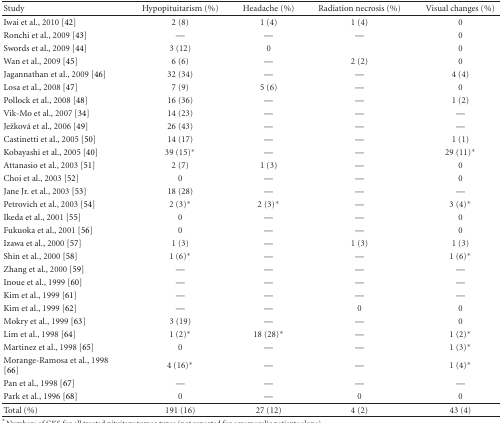
<table><thead><tr><td><b>Study</b></td><td><b>Hypopituitarism (%)</b></td><td><b>Headache (%)</b></td><td><b>Radiation necrosis (%)</b></td><td><b>Visual changes (%)</b></td></tr></thead><tbody><tr><td>Iwai et al., 2010 [42]</td><td>2 (8)</td><td>1 (4)</td><td>1 (4)</td><td>0</td></tr><tr><td>Ronchi et al., 2009 [43]</td><td>—</td><td>—</td><td>—</td><td>0</td></tr><tr><td>Swords et al., 2009 [44]</td><td>3 (12)</td><td>0</td><td></td><td>0</td></tr><tr><td>Wan et al., 2009 [45]</td><td>6 (6)</td><td>—</td><td>2 (2)</td><td>0</td></tr><tr><td>Jagannathan et al., 2009 [46]</td><td>32 (34)</td><td>—</td><td>—</td><td>4 (4)</td></tr><tr><td>Losa et al., 2008 [47]</td><td>7 (9)</td><td>5 (6)</td><td>—</td><td>0</td></tr><tr><td>Pollock et al., 2008 [48]</td><td>16 (36)</td><td>—</td><td>—</td><td>1 (2)</td></tr><tr><td>Vik-Mo et al., 2007 [34]</td><td>14 (23)</td><td>—</td><td>—</td><td>—</td></tr><tr><td>Ježková et al., 2006 [49]</td><td>26 (43)</td><td>—</td><td>—</td><td>—</td></tr><tr><td>Castinetti et al., 2005 [50]</td><td>14 (17)</td><td>—</td><td>—</td><td>1 (1)</td></tr><tr><td>Kobayashi et al., 2005 [40]</td><td>39 (15)*</td><td>—</td><td>—</td><td>29 (11)*</td></tr><tr><td>Attanasio et al., 2003 [51]</td><td>2 (7)</td><td>1 (3)</td><td>—</td><td>0</td></tr><tr><td>Choi et al., 2003 [52]</td><td>0</td><td>—</td><td>—</td><td>0</td></tr><tr><td>Jane Jr. et al., 2003 [53]</td><td>18 (28)</td><td>—</td><td>—</td><td>—</td></tr><tr><td>Petrovich et al., 2003 [54]</td><td>2 (3)*</td><td>2 (3)*</td><td>—</td><td>3 (4)*</td></tr><tr><td>Ikeda et al., 2001 [55]</td><td>0</td><td>—</td><td>—</td><td>0</td></tr><tr><td>Fukuoka et al., 2001 [56]</td><td>0</td><td>—</td><td>—</td><td>0</td></tr><tr><td>Izawa et al., 2000 [57]</td><td>1 (3)</td><td>—</td><td>1 (3)</td><td>1 (3)</td></tr><tr><td>Shin et al., 2000 [58]</td><td>1 (6)*</td><td>—</td><td>—</td><td>1 (6)*</td></tr><tr><td>Zhang et al., 2000 [59]</td><td>—</td><td>—</td><td>—</td><td>—</td></tr><tr><td>Inoue et al., 1999 [60]</td><td>—</td><td>—</td><td>—</td><td>—</td></tr><tr><td>Kim et al., 1999 [61]</td><td>—</td><td>—</td><td>—</td><td>—</td></tr><tr><td>Kim et al., 1999 [62]</td><td>—</td><td>—</td><td>0</td><td>0</td></tr><tr><td>Mokry et al., 1999 [63]</td><td>3 (19)</td><td>—</td><td>—</td><td>0</td></tr><tr><td>Lim et al., 1998 [64]</td><td>1 (2)*</td><td>18 (28)*</td><td>—</td><td>1 (2)*</td></tr><tr><td>Martinez et al., 1998 [65]</td><td>0</td><td>—</td><td>—</td><td>1 (3)*</td></tr><tr><td>Morange-Ramosa et al., 1998 [66]</td><td>4 (16)*</td><td>—</td><td>—</td><td>1 (4)*</td></tr><tr><td>Pan et al., 1998 [67]</td><td>—</td><td>—</td><td>—</td><td>—</td></tr><tr><td>Park et al., 1996 [68]</td><td>0</td><td>—</td><td>0</td><td>0</td></tr><tr><td>Total (%)</td><td>191 (16)</td><td>27 (12)</td><td>4 (2)</td><td>43 (4)</td></tr></tbody></table>